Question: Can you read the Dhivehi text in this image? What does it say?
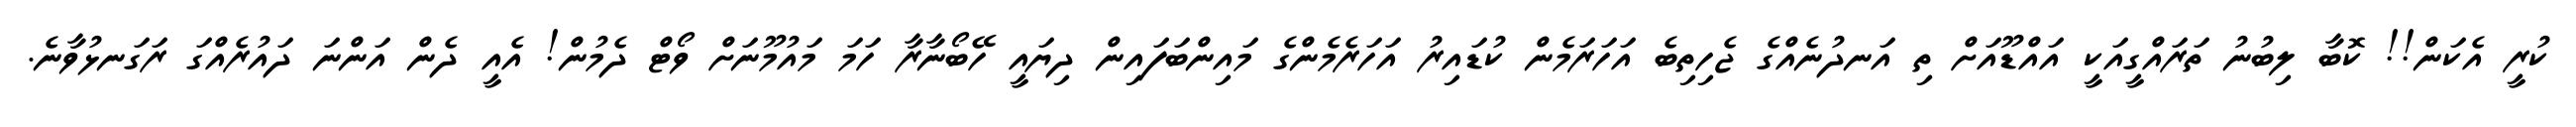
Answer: ކުރީ އެކަން!! ކޮބާ ލިބުނު ތަރައްގީއަކީ އައްޑޫއަށް ތި އަނދުނެއްގެ ޖެހިތިބެ އަހަރަމެން ކުޑައިރު އަހަރެމެންގެ މައިންބަފައިން ދިޔައީ ހޭބޯނާރާ ހަމަ މައުމޫނަށް ވޯޓް ދެމުން! އެއީ ދެން އަންނަ ދައުރެއްގަ ރަގަނޅުވާނެ.